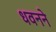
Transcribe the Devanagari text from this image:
धवनने